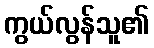
ကွယ်လွန်သူ၏